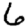
Digit: 6